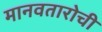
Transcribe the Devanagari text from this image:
मानवतारोची